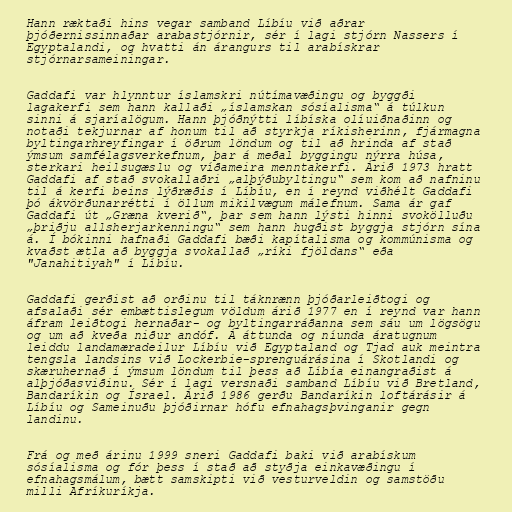
Hann ræktaði hins vegar samband Líbíu við aðrar
þjóðernissinnaðar arabastjórnir, sér í lagi stjórn Nassers í
Egyptalandi, og hvatti án árangurs til arabískrar
stjórnarsameiningar.

Gaddafi var hlynntur íslamskri nútímavæðingu og byggði
lagakerfi sem hann kallaði „íslamskan sósíalisma“ á túlkun
sinni á sjaríalögum. Hann þjóðnýtti líbíska olíuiðnaðinn og
notaði tekjurnar af honum til að styrkja ríkisherinn, fjármagna
byltingarhreyfingar í öðrum löndum og til að hrinda af stað
ýmsum samfélagsverkefnum, þar á meðal byggingu nýrra húsa,
sterkari heilsugæslu og víðameira menntakerfi. Árið 1973 hratt
Gaddafi af stað svokallaðri „alþýðubyltingu“ sem kom að nafninu
til á kerfi beins lýðræðis í Líbíu, en í reynd viðhélt Gaddafi
þó ákvörðunarrétti í öllum mikilvægum málefnum. Sama ár gaf
Gaddafi út „Græna kverið“, þar sem hann lýsti hinni svokölluðu
„þriðju allsherjarkenningu“ sem hann hugðist byggja stjórn sína
á. Í bókinni hafnaði Gaddafi bæði kapítalisma og kommúnisma og
kvaðst ætla að byggja svokallað „ríki fjöldans“ eða
"Janahitiyah" í Líbíu.

Gaddafi gerðist að orðinu til táknrænn þjóðarleiðtogi og
afsalaði sér embættislegum völdum árið 1977 en í reynd var hann
áfram leiðtogi hernaðar- og byltingarráðanna sem sáu um lögsögu
og um að kveða niður andóf. Á áttunda og níunda áratugnum
leiddu landamæradeilur Líbíu við Egyptaland og Tjad auk meintra
tengsla landsins við Lockerbie-sprenguárásina í Skotlandi og
skæruhernað í ýmsum löndum til þess að Líbía einangraðist á
alþjóðasviðinu. Sér í lagi versnaði samband Líbíu við Bretland,
Bandaríkin og Ísrael. Árið 1986 gerðu Bandaríkin loftárásir á
Líbíu og Sameinuðu þjóðirnar hófu efnahagsþvinganir gegn
landinu.

Frá og með árinu 1999 sneri Gaddafi baki við arabískum
sósíalisma og fór þess í stað að styðja einkavæðingu í
efnahagsmálum, bætt samskipti við vesturveldin og samstöðu
milli Afríkuríkja.